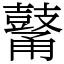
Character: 𪔜